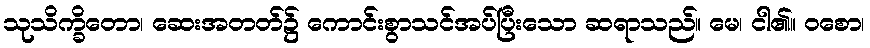
သုသိက္ခိတော၊ ဆေးအတတ်၌ ကောင်းစွာသင်အပ်ပြီးသော ဆရာသည်။ မေ၊ ငါ၏။ ဝစော၊